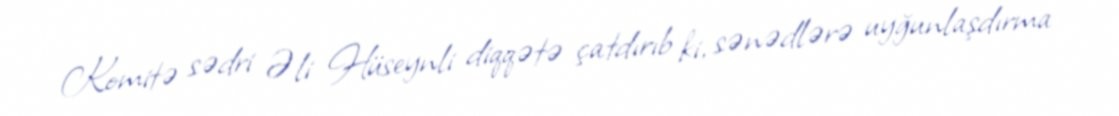
Komitə sədri Əli Hüseynli diqqətə çatdırıb ki, sənədlərə uyğunlaşdırma